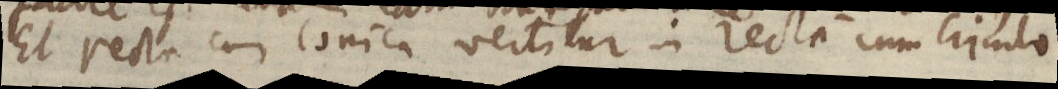
Et recta cum conica vertitur in recta cum circulo